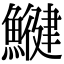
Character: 𩻥